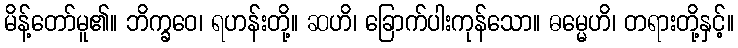
မိန့်တော်မူ၏။ ဘိက္ခဝေ၊ ရဟန်းတို့။ ဆဟိ၊ ခြောက်ပါးကုန်သော။ ဓမ္မေဟိ၊ တရားတို့နှင့်။